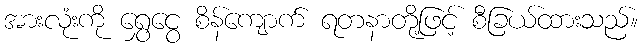
အားလုံးကို ရွှေငွေ စိန်ကျောက် ရတနာတို့ဖြင့် စီခြယ်ထားသည်။